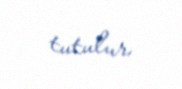
tutulur.